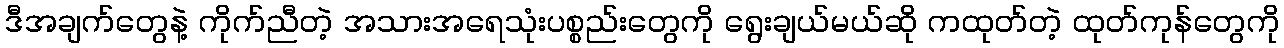
ဒီအချက်တွေနဲ့ ကိုက်ညီတဲ့ အသားအရေသုံးပစ္စည်းတွေကို ရွေးချယ်မယ်ဆို ကထုတ်တဲ့ ထုတ်ကုန်တွေကို